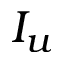
I _ { u }